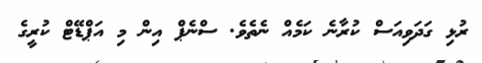
ރުޅި ގަދަވިއަސް ކުރާނެ ކަމެއް ނެތެވެ. ސްނެޕް އިން މި އަޕްޑޭޓް ކުރީގެ